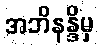
အဘိနန္ဒိမှ